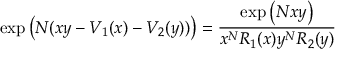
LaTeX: \exp \left( N ( x y - V _ { 1 } ( x ) - V _ { 2 } ( y ) ) \right) = \frac { \exp \left( N x y \right) } { x ^ { N } R _ { 1 } ( x ) y ^ { N } R _ { 2 } ( y ) }